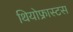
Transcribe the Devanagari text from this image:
थियोफ्रास्टस